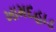
ખામદહાડ